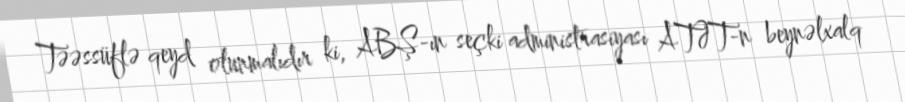
Təəssüflə qeyd olunmalıdır ki, ABŞ-ın seçki administrasiyası ATƏT-n beynəlxalq